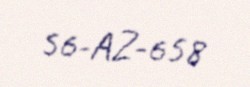
56-AZ-658